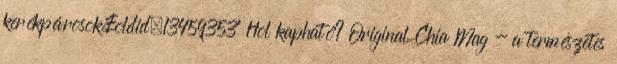
kerékpárosok&oldid=13459353” Hol kapható? Original Chia Mag - a természetes